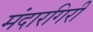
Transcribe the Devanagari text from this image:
मंदारगिरी